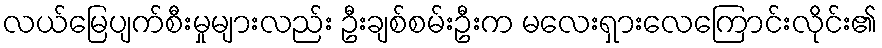
လယ်မြေပျက်စီးမှုများလည်း ဦးချစ်စမ်းဦးက မလေးရှားလေကြောင်းလိုင်း၏